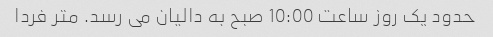
حدود یک روز ساعت 10:00 صبح به دالیان می رسد. متر فردا